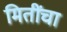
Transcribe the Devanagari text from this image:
मितींचा